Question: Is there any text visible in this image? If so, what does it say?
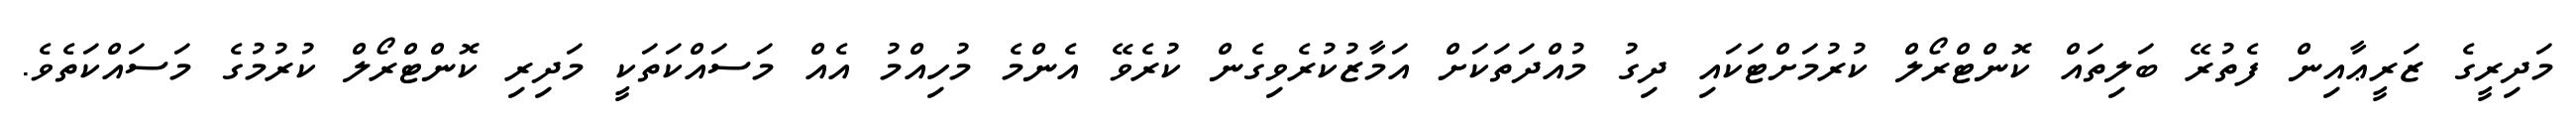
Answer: މަދިރީގެ ޒަރީޢާއިން ފެތުރޭ ބަލިތައް ކޮންޓްރޯލް ކުރުމަށްޓަކައި ދިގު މުއްދަތަކަށް އަމާޒުކުރެވިގެން ކުރެވޭ އެންމެ މުހިއްމު އެއް މަސައްކަތަކީ މަދިރި ކޮންޓްރޯލް ކުރުމުގެ މަސައްކަތެވެ.